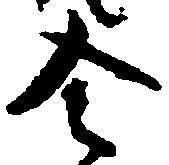
令